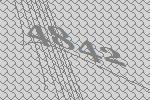
4842